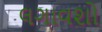
લગાવશો